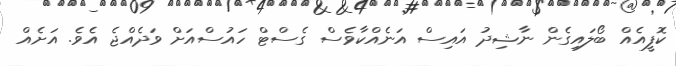
ކޮފީއެއް ބޯލައިގެން ނާޝިދު އައިސް އަނެއްކާވެސް ގެސްޓް ހައުސްއަށް ވަދެއްޖެ އެވެ. އަށެއް